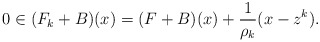
\begin{align*}0\in(F_k+B)(x) = (F+B)(x)+\frac{1}{\rho_k}(x-z^k).\end{align*}